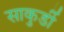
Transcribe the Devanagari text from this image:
साकुर्डी